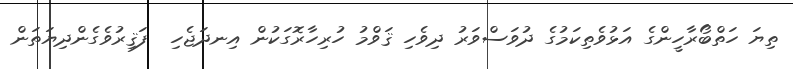
ތިޔަ ހަތްބޯރާހީންގެ އަޅުވެތިކަމުގެ ދުވަސްވަރު ދިވެހި ޤަވްމު ހުރިހާރޮގަކުން އިނދަޖެހި  ފަޤިރުވެގެންދިޔަތަން